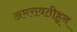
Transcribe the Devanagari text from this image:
अमरावतीहून